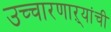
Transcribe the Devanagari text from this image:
उच्चारणाऱ्यांची